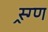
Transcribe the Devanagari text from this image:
स्र्ग्ण